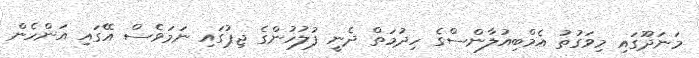
މަނަދޫގައި މިވަގުތު އެމްބިއުލާންސްގެ ހިދުމަތް ދެނީ ފުލުހުންގެ ޖިޕުގައި ނަމަވެސް އޭގައި އަންހެން